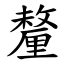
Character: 釐